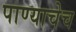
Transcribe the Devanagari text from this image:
पाण्याचेच